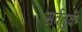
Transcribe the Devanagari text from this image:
सर्वतुर्क